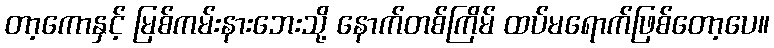
တာ့ကောနှင့် မြစ်ကမ်းနားဘေးသို့ နောက်တစ်ကြိမ် ထပ်မရောက်ဖြစ်တော့ပေ။